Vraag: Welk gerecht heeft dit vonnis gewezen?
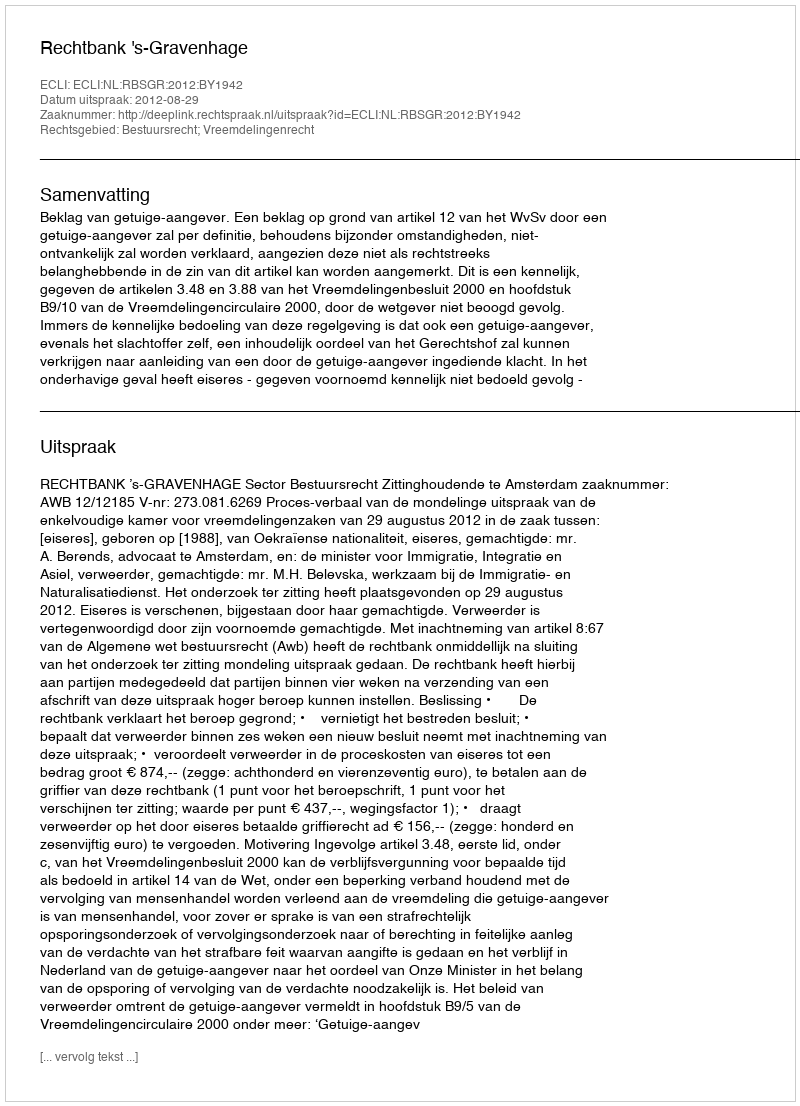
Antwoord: Rechtbank 's-Gravenhage